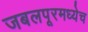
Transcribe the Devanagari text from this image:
जबलपूरमध्येच